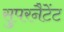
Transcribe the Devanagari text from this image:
सुपरनैटेंट